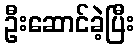
ဦးဆောင်ခဲ့ပြီး